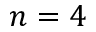
n = 4